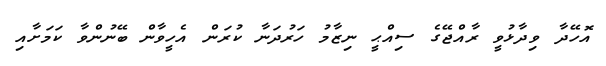
އޮހޭދާ ވިދާޅުވީ ރާއްޖޭގެ ސިއްޙީ ނިޒާމު ހަރުދަނާ ކުރަން އެހީވާން ބޭނުންވާ ކަމަށާއި